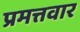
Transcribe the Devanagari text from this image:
प्रमत्तवार